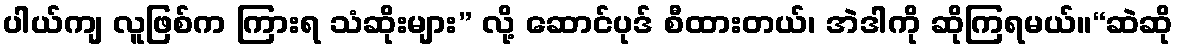
ပါယ်ကျ လူဖြစ်က ကြားရ သံဆိုးများ” လို့ ဆောင်ပုဒ် စီထားတယ်၊ အဲဒါကို ဆိုကြရမယ်။“ဆဲဆို